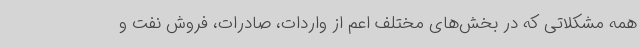
همه مشکلاتی که در بخش‌های مختلف اعم از واردات، صادرات، فروش نفت و